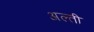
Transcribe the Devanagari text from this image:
अल्ती